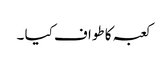
کعبہ کا طواف کیا ۔